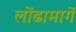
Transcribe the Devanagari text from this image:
लोंढामार्गे